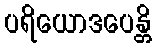
ပရိယောဒပေန္တိ